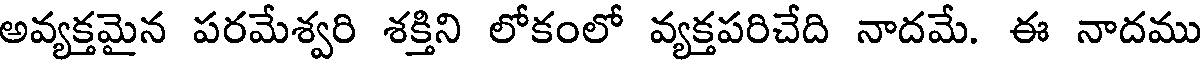
అవ్యక్తమైన పరమేశ్వరి శక్తిని లోకంలో వ్యక్తపరిచేది నాదమే. ఈ నాదము